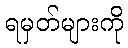
ရမှတ်များကို